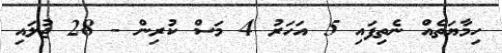
ހިމާޔަތެއް ނެތިފައި 5 އަހަރު 4 މަސް ކުރިން - 28 ޖުލައި